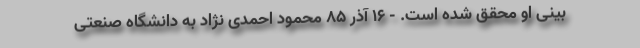
بینی او محقق شده است. - 16 آذر 85 محمود احمدی نژاد به دانشگاه صنعتی